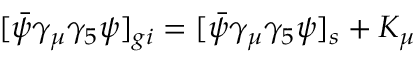
[ \bar { \psi } \gamma _ { \mu } \gamma _ { 5 } \psi ] _ { g i } = [ \bar { \psi } \gamma _ { \mu } \gamma _ { 5 } \psi ] _ { s } + K _ { \mu }